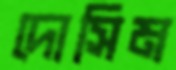
দোসিম